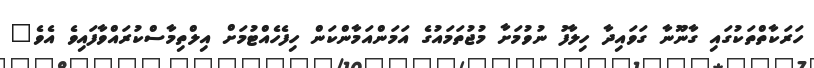
ހަރަކާތްތަކުގައި ގާނޫނާ ގަވައިދާ ހިލާފު ނުވުމަށާ މުޖުތަމައުގެ އަމަންއަމާންކަން ހިފެހެއްޓުމަށް އިލްތިމާސްކުރައްވާފައިވެ އެވެ"